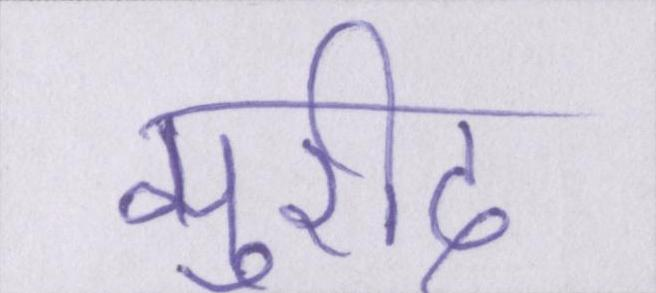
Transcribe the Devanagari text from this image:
मुरीद